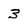
Character: 3